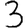
Digit: 3